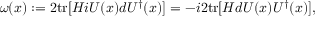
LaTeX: \omega ( x ) : = 2 \mathrm { t r } [ { \cal H } i U ( x ) d U ^ { \dagger } ( x ) ] = - i 2 \mathrm { t r } [ { \cal H } d U ( x ) U ^ { \dagger } ( x ) ] ,